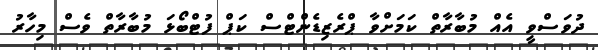
ދުވަސްވީ އެއް މުބާރާތް ކަމަށްވާ ޕްރެޒިޑެންޓްސް ކަޕް ފުޓްބޯޅަ މުބާރާތް ވެސް މިހާރު